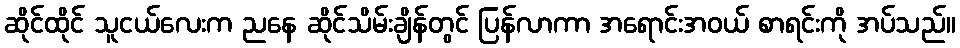
ဆိုင်ထိုင် သူငယ်လေးက ညနေ ဆိုင်သိမ်းချိန်တွင် ပြန်လာကာ အရောင်းအဝယ် စာရင်းကို အပ်သည်။